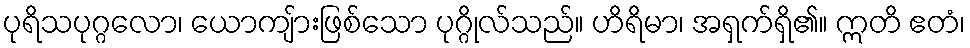
ပုရိသပုဂ္ဂလော၊ ယောကျ်ားဖြစ်သော ပုဂ္ဂိုလ်သည်။ ဟိရိမာ၊ အရှက်ရှိ၏။ ဣတိ ဧတံ၊